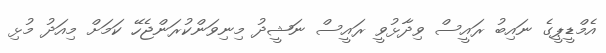
އެމްޑީޕީގެ ނައިބު ރައީސް ވިދާޅުވީ ރައީސް ނަޝީދު މިނިވަންކުރަންޖެހޭ ކަމަށް މިއަދު މުޅި